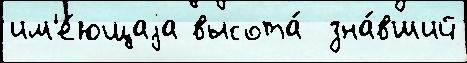
им'е́ющаjа высота́  зна́вший